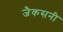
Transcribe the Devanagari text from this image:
जैकसनी